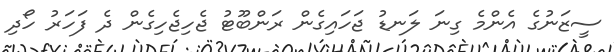
ސީޒަނުގެ އެންމެ ގިނަ ލަނޑު ޖަހައިގެން ރަންބޫޓު ޖެހިޖެހިގެން ދެ ފަހަރު ހޯދި